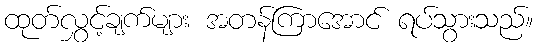
ထုတ်လွှင့်ချက်များ အတန်ကြာအောင် ရပ်သွားသည်။